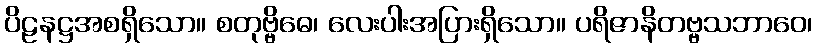
ပိဠနဋ္ဌအစရှိသော။ စတုဗ္ဗိဓေ၊ လေးပါးအပြားရှိသော။ ပရိဇာနိတဗ္ဗသဘာဝေ၊